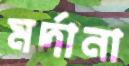
মর্দানা